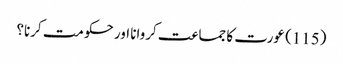
(115) عورت کا جماعت کروانا اور حکومت کرنا؟